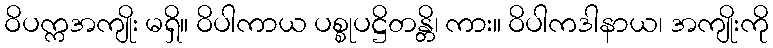
ဝိပက္ကအကျိုး မရှိ။ ဝိပါကာယ ပစ္စုပဋ္ဌိတန္တိ၊ ကား။ ဝိပါကဒါနာယ၊ အကျိုးကို